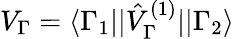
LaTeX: V_{\Gamma}=\langle\Gamma_{1}||\hat{V}_{\Gamma}^{(1)}||\Gamma_{2}\rangle